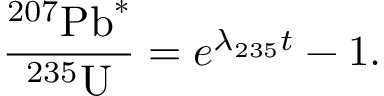
{ \frac { ^ { \mathrm { 2 0 7 } } \, \! { \mathrm { P b } } ^ { * } } { ^ { \mathrm { 2 3 5 } } \, \! { \mathrm { U } } } } = e ^ { \lambda _ { 2 3 5 } t } - 1 .